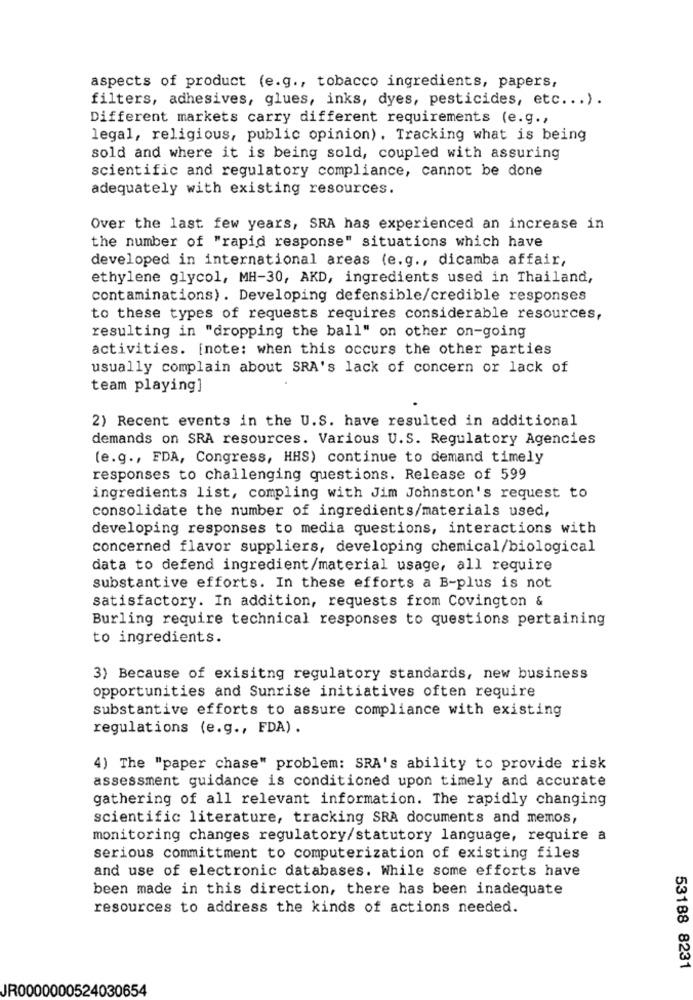
aspects of product (e.g ., tobacco ingredients, papers,
filters, adhesives, glues, inks, dyes, pesticides, etc ... ).
Different markets carry different requirements (e.g .,
legal, religious, public opinion). Tracking what is being
sold and where it is being sold, coupled with assuring
scientific and regulatory compliance, cannot be done
adequately with existing resources.
Over the last few years, SRA has experienced an increase in
the number of "rapid response" situations which have
developed in international areas (e.g ., dicamba affair,
ethylene glycol, MH-30, AKD, ingredients used in Thailand,
contaminations). Developing defensible/credible responses
to these types of requests requires considerable resources,
resulting in "dropping the ball" on other on-going
activities. [note: when this occurs the other parties
usually complain about SRA's lack of concern or lack of
team playing]
2) Recent events in the U.S. have resulted in additional
demands on SRA resources. Various U.S. Regulatory Agencies
(e.g ., FDA, Congress, HHS) continue to demand timely
responses to challenging questions. Release of 599
ingredients list, compling with Jim Johnston's request to
consolidate the number of ingredients/materials used,
developing responses to media questions, interactions with
concerned flavor suppliers, developing chemical/biological
data to defend ingredient/material usage, all require
substantive efforts. In these efforts a B-plus is not
satisfactory. In addition, requests from Covington &
Burling require technical responses to questions pertaining
to ingredients.
3) Because of exisitng regulatory standards, new business
opportunities and Sunrise initiatives often require
substantive efforts to assure compliance with existing
regulations (e.g ., FDA) .
4) The "paper chase" problem: SRA's ability to provide risk
assessment guidance is conditioned upon timely and accurate
gathering of all relevant information. The rapidly changing
scientific literature, tracking SRA documents and memos,
monitoring changes regulatory/statutory language, require a
serious committment to computerization of existing files
and use of electronic databases. While some efforts have
been made in this direction, there has been inadequate
resources to address the kinds of actions needed.
53188 8231
JR0000000524030654